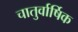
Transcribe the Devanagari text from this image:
चातुर्वार्षिक